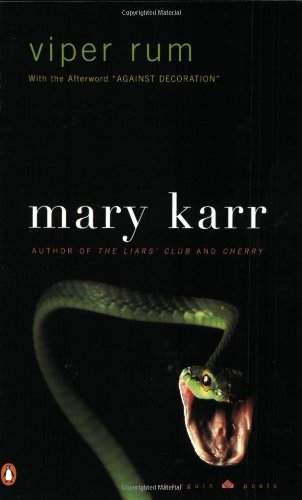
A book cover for Viper Rum (Poets, Penguin); Mary Karr; Romance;